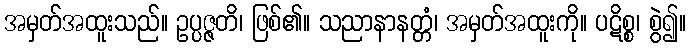
အမှတ်အထူးသည်။ ဥပ္ပဇ္ဇတိ၊ ဖြစ်၏။ သညာနာနတ္တံ၊ အမှတ်အထူးကို။ ပဋိစ္စ၊ စွဲ၍။